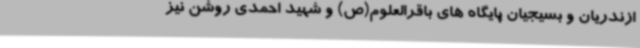
ازندریان و بسیجیان پایگاه های باقرالعلوم(ص) و شهید احمدی روشن نیز